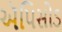
ઍપિસોડ